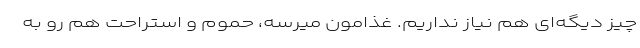
چیز دیگه‌ای هم نیاز نداریم. غذامون میرسه، حموم و استراحت هم رو به